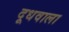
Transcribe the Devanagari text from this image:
दूधवाला